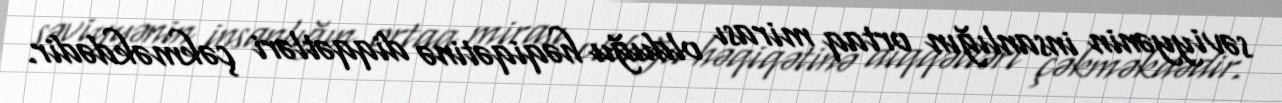
səviyyənin insanlığın ortaq mirası olduğu həqiqətinə diqqətləri çəkməkdədir.